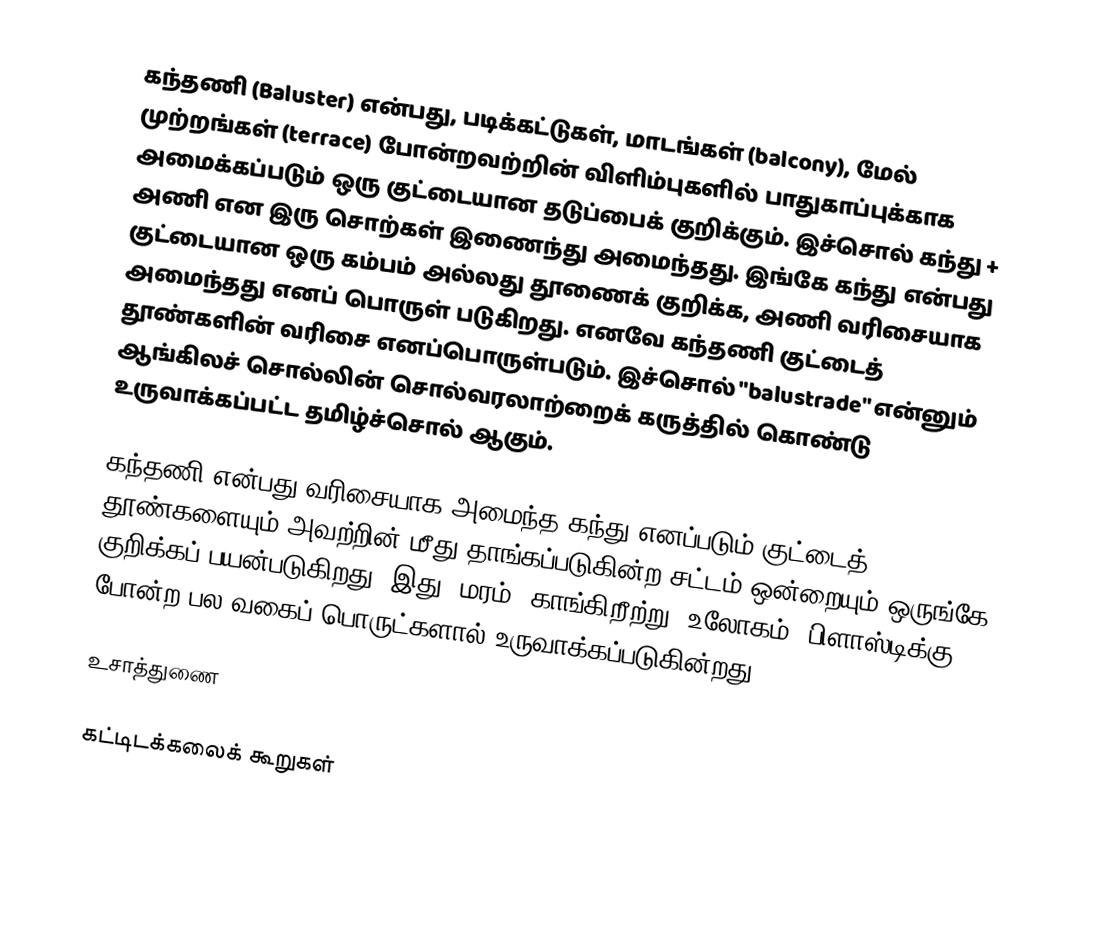
கந்தணி (Baluster) என்பது, படிக்கட்டுகள், மாடங்கள் (balcony), மேல் முற்றங்கள் (terrace) போன்றவற்றின் விளிம்புகளில் பாதுகாப்புக்காக அமைக்கப்படும் ஒரு குட்டையான தடுப்பைக் குறிக்கும். இச்சொல் கந்து + அணி என இரு சொற்கள் இணைந்து அமைந்தது. இங்கே கந்து என்பது குட்டையான ஒரு கம்பம் அல்லது தூணைக் குறிக்க, அணி வரிசையாக அமைந்தது எனப் பொருள் படுகிறது. எனவே கந்தணி குட்டைத் தூண்களின் வரிசை எனப்பொருள்படும். இச்சொல் "balustrade" என்னும் ஆங்கிலச் சொல்லின் சொல்வரலாற்றைக் கருத்தில் கொண்டு உருவாக்கப்பட்ட தமிழ்ச்சொல் ஆகும்.

கந்தணி என்பது வரிசையாக அமைந்த கந்து எனப்படும் குட்டைத் தூண்களையும் அவற்றின் மீது தாங்கப்படுகின்ற சட்டம் ஒன்றையும் ஒருங்கே குறிக்கப் பயன்படுகிறது. இது, மரம், காங்கிறீற்று, உலோகம், பிளாஸ்டிக்கு போன்ற பல வகைப் பொருட்களால் உருவாக்கப்படுகின்றது.

உசாத்துணை

கட்டிடக்கலைக் கூறுகள்